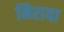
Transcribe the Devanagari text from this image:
मिराया